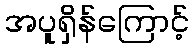
အပူရှိန်ကြောင့်